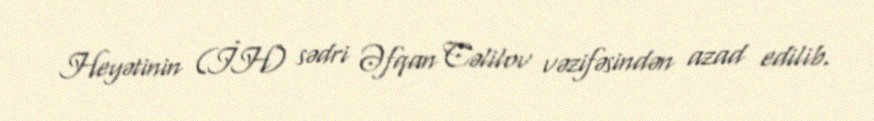
Heyətinin (İH) sədri Əfqan Cəlilov vəzifəsindən azad edilib.